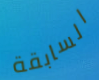
السابقة